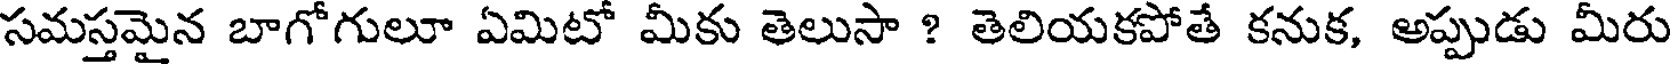
సమస్తమైన బాగోగులూ ఏమిటో మీకు తెలుసా ? తెలియకపోతే కనుక, అప్పుడు మీరు